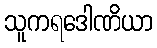
သူကရဒေါဏိယာ